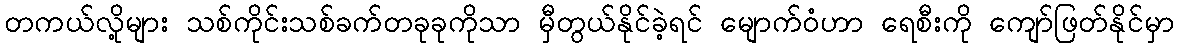
တကယ်လို့များ သစ်ကိုင်းသစ်ခက်တခုခုကိုသာ မှီတွယ်နိုင်ခဲ့ရင် မျောက်ဝံဟာ ရေစီးကို ကျော်ဖြတ်နိုင်မှာ